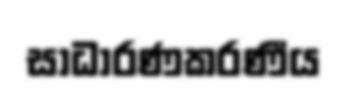
සාධාරණකරණීය